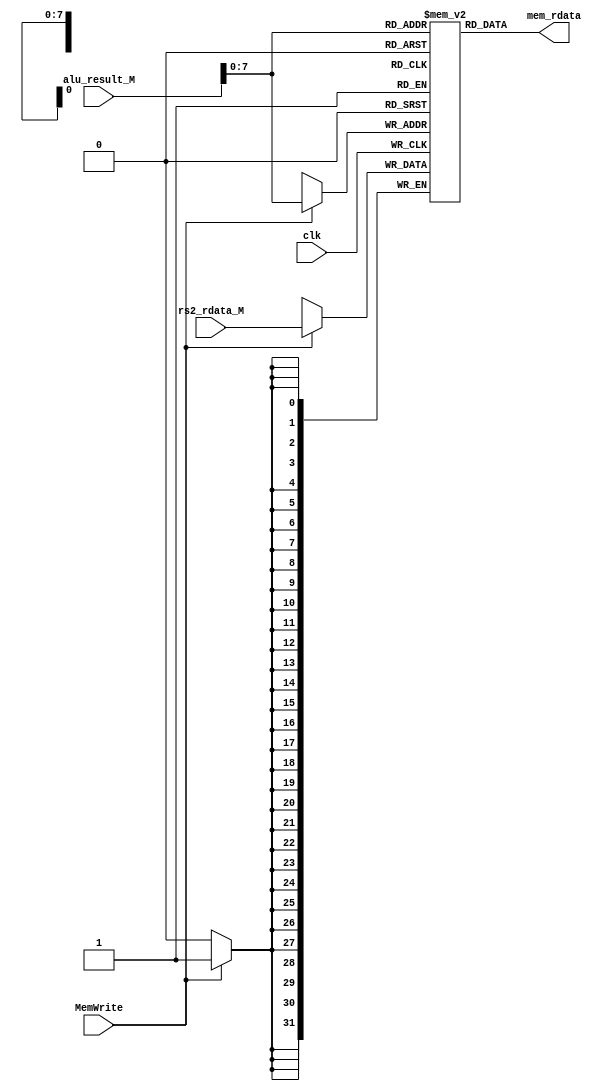

module Dcache (
    input clk,
    input MemWrite,
    input [32-1: 0] alu_result_M,
    input [32-1: 0] rs2_rdata_M,
    output reg [32-1: 0] mem_rdata
        );

    wire [8-1: 0] addr;
    reg [32-1: 0] mem [256-1: 0];

    assign addr = alu_result_M [8-1: 0];
    
    always @(*) begin
        mem_rdata = mem [addr];
    end

    always @(posedge clk) begin
        if (MemWrite) begin
            mem [addr] <= rs2_rdata_M;
        end
    end
endmodule